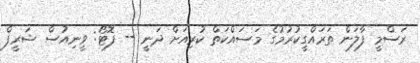
ރަސްމީ ފާލަން ތަރައްގީކުރުމުގެ މަސައްކަތް ކުރިއަށް ދަނީ -- ފޮޓޯ: ވީނިއުސް ޝަރީފް